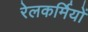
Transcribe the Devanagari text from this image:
रेलकर्मियों